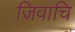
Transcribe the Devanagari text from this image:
जिवाचि